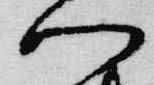
門